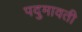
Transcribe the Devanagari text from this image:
पदुमावती